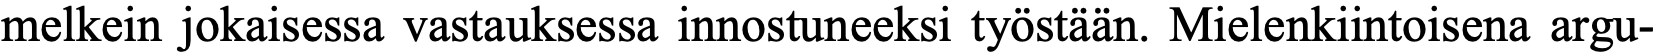
melkein jokaisessa vastauksessa innostuneeksi työstään. Mielenkiintoisena argu-